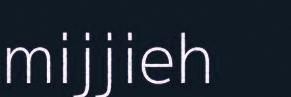
mijjieh